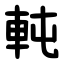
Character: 軘